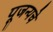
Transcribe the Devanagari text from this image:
पूजन्यचे